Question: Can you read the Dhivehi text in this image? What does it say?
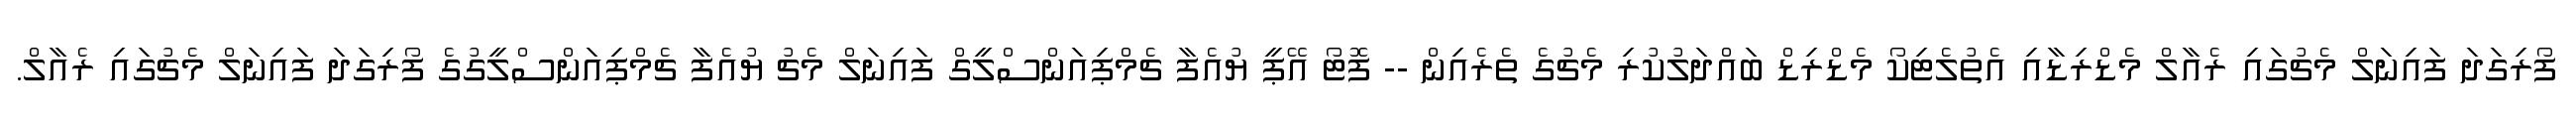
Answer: ފޯރިގަދަ ފައިނަލް މެޗުގައި ރެއާލް މެޑްރިޑާއި އެތުލެޓިކޯ މެޑްރިޑް ބައްދަލުކުރި މެޗުގެ ތެރެއިން -- ފޮޓޯ އޭޕީ ޔުއެފާ ޗެމްޕިއަންސްލީގް ފައިނަލް މެޗު ޔުއެފާ ޗެމްޕިއަންސްލީގުގެ ފޯރިގަދަ ފައިނަލް މެޗުގައި ރެއާލް.